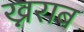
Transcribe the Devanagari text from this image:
ख्नराब